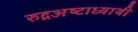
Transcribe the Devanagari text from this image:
रुद्रअष्‍टाध्‍यायी